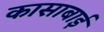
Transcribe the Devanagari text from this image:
कासाबाई